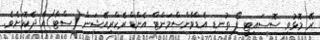
ރޭ މޮޅުވި ސޮސައިޓީ ފޯ ތުނޑި އެޑްވާންސްމަންޓް އެންޑް ރެކްރިއޭޝަން (ސްޓާ)އާ ދެކޮޅަށެވެ.